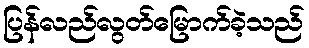
ပြန်လည်လွတ်မြောက်ခဲ့သည်